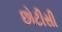
છોટીસી